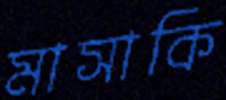
মাসাকি